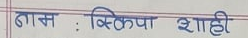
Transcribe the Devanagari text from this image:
नाम : स्किपा शाही